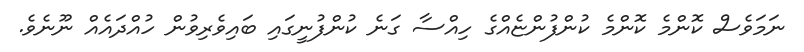
ނަމަވެސް ކޮންމެ ކޮންމެ ކުންފުންޏެއްގެ ހިއްސާ ގަނެ ކުންފުނީގައި ބައިވެރިވުން ހުއްދައެއް ނޫނެވެ.